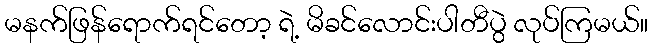
မနက်ဖြန်ရောက်ရင်တော့ ရဲ့ မိခင်လောင်းပါတီပွဲ လုပ်ကြမယ်။